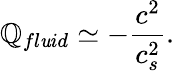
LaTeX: \mathbb{Q}_{fl\mathit{u}id}\simeq-\frac{{c^{2}}}{{c_{s}^{2}}}.